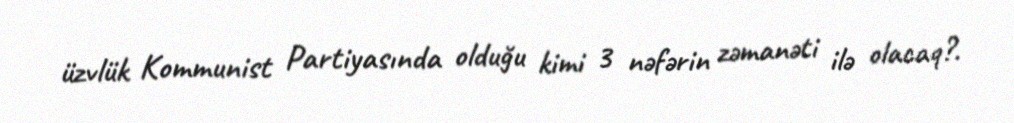
üzvlük Kommunist Partiyasında olduğu kimi 3 nəfərin zəmanəti ilə olacaq?.